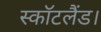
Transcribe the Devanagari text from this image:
स्कॉटलैंड।